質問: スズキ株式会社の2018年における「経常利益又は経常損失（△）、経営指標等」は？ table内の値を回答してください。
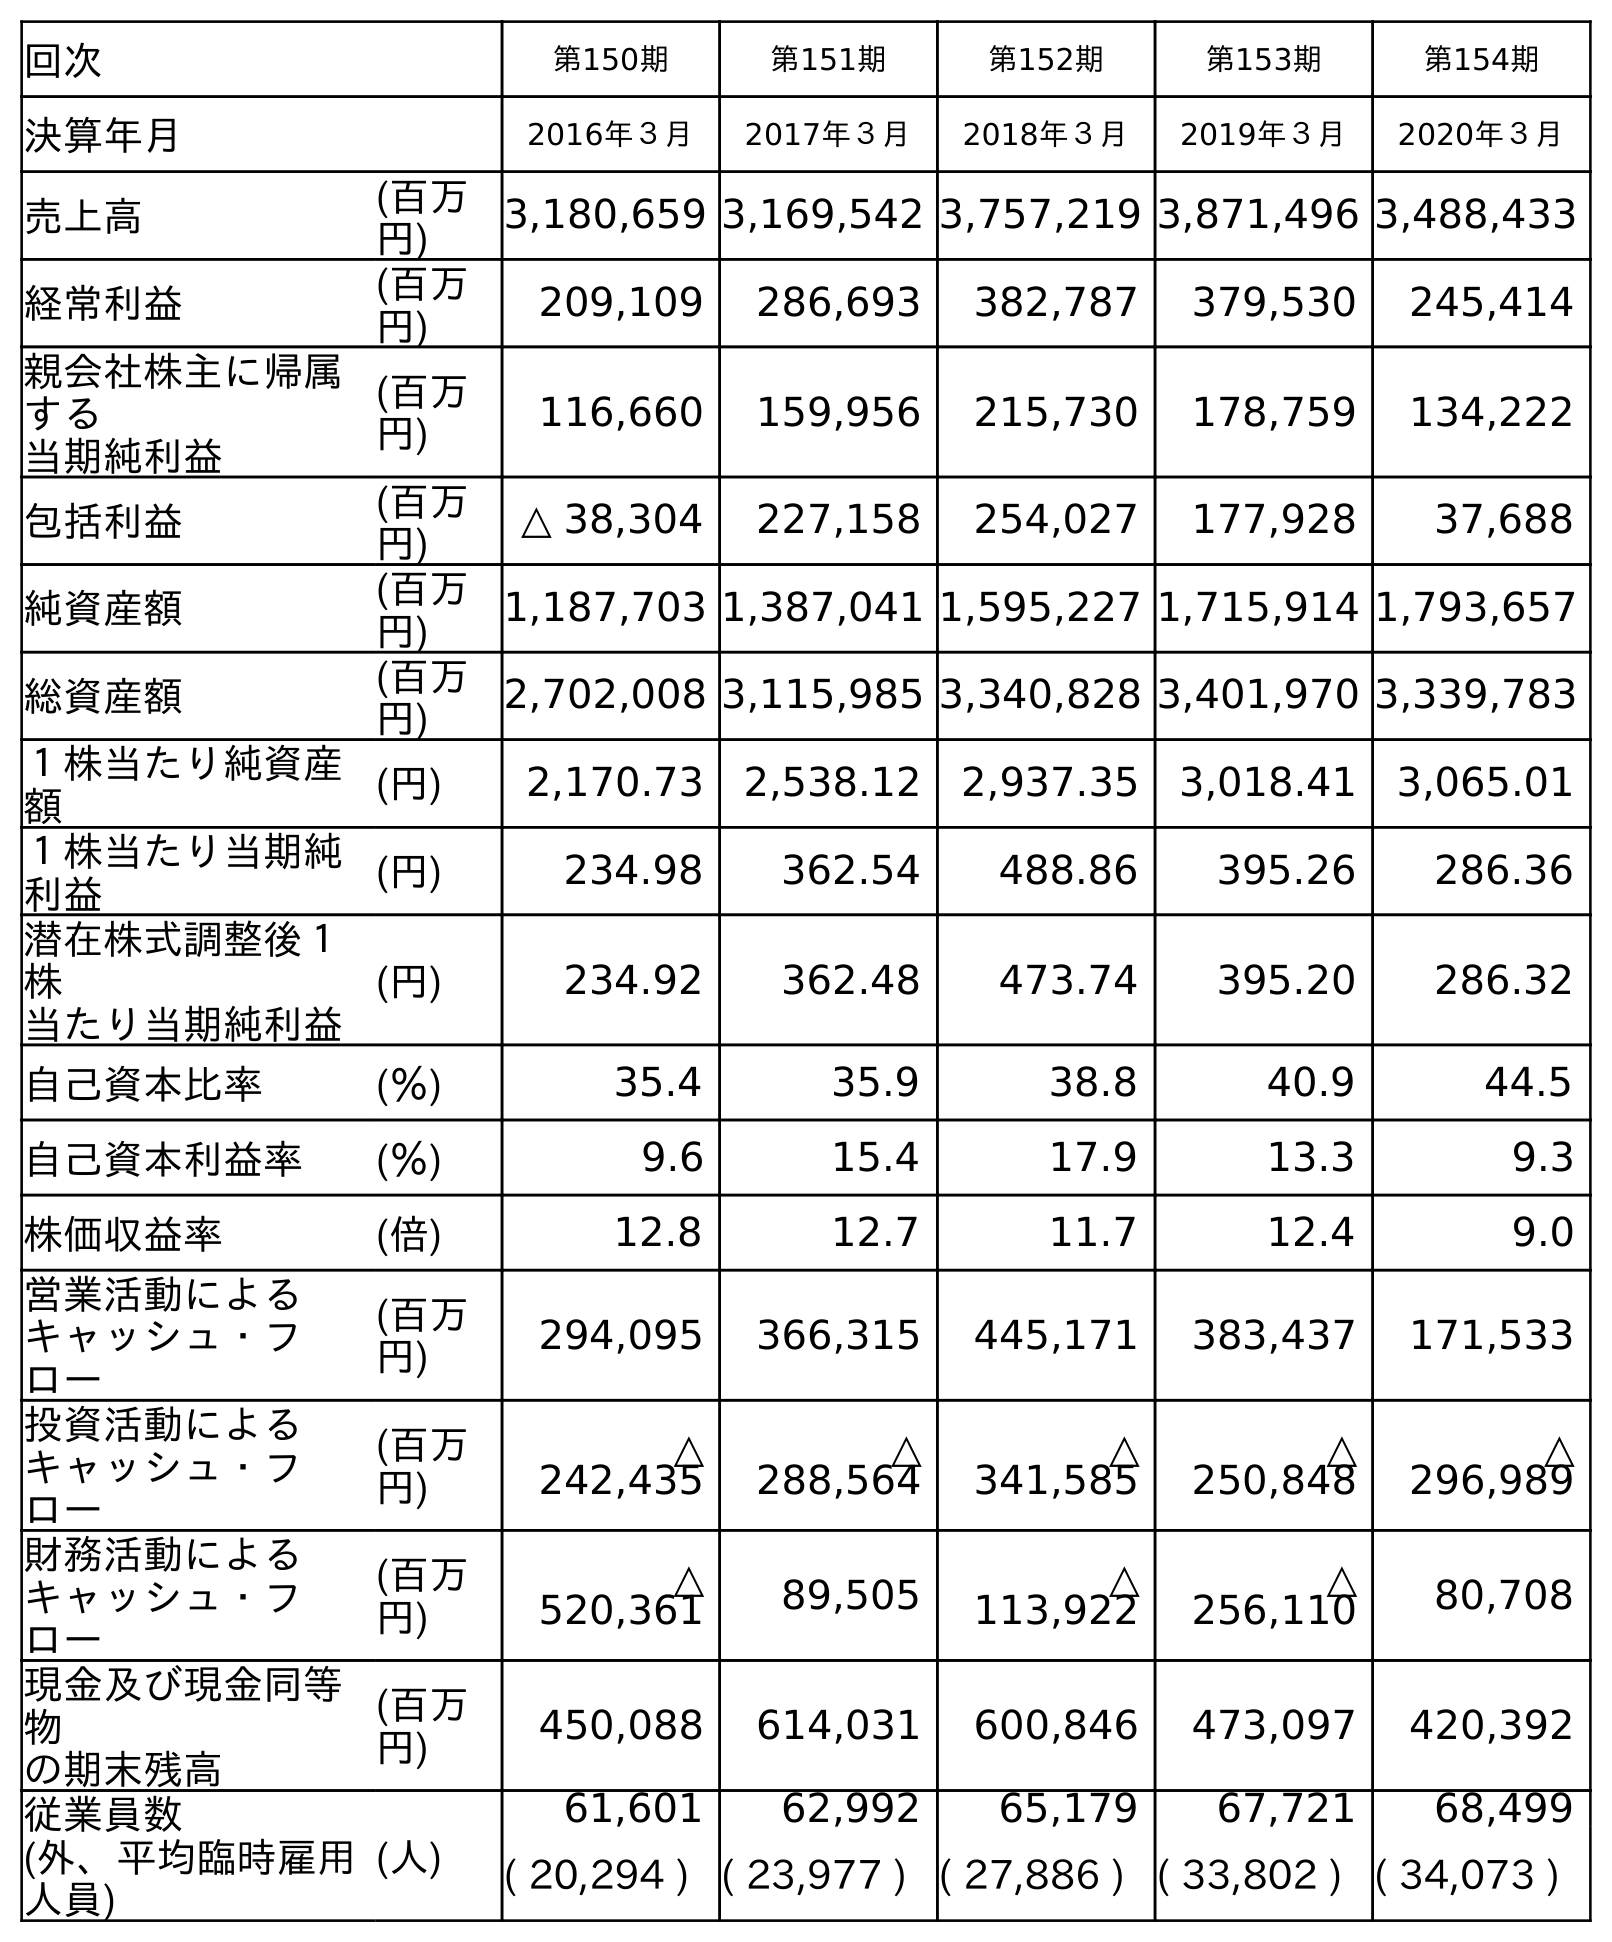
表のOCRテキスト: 回次 第150期 第151期 第152期 第153期 第154期 決算年月 2016年３月 2017年３月 2018年３月 2019年３月 2020年３月 売上高 (百万 円) 3,180,659 3,169,542 3,757,219 3,871,496 3,488,433 経常利益 (百万 円) 209,109 286,693 382,787 379,530 245,414 親会社株主に帰属 する 当期純利益 (百万 円) 116,660 159,956 215,730 178,759 134,222 包括利益 (百万 円) △ 38,304 227,158 254,027 177,928 37,688 純資産額 (百万 円) 1,187,703 1,387,041 1,595,227 1,715,914 1,793,657 総資産額 (百万 円) 2,702,008 3,115,985 3,340,828 3,401,970 3,339,783 １株当たり純資産 額 (円) 2,170.73 2,538.12 2,937.35 3,018.41 3,065.01 １株当たり当期純 利益 (円) 234.98 362.54 488.86 395.26 286.36 潜在株式調整後１ 株 当たり当期純利益 (円) 234.92 362.48 473.74 395.20 286.32 自己資本比率 (％) 35.4 35.9 38.8 40.9 44.5 自己資本利益率 (％) 9.6 15.4 17.9 13.3 9.3 株価収益率 (倍) 12.8 12.7 11.7 12.4 9.0 営業活動による キャッシュ・フ ロー (百万 円) 294,095 366,315 445,171 383,437 171,533 投資活動による キャッシュ・フ ロー (百万 円) △ 242,435 △ 288,564 △ 341,585 △ 250,848 △ 296,989 財務活動による キャッシュ・フ ロー (百万 円) △ 520,361 89,505 △ 113,922 △ 256,110 80,708 現金及び現金同等 物 の期末残高 (百万 円) 450,088 614,031 600,846 473,097 420,392 従業員数 (外、平均臨時雇用 人員) (人) 61,601 62,992 65,179 67,721 68,499 ( 20,294 ) ( 23,977 ) ( 27,886 ) ( 33,802 ) ( 34,073 )
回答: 382,787